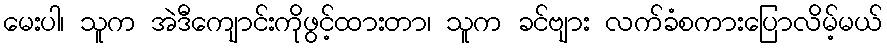
မေးပါ၊ သူက အဲဒီကျောင်းကိုဖွင့်ထားတာ၊ သူက ခင်ဗျား လက်ခံစကားပြောလိမ့်မယ်